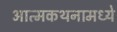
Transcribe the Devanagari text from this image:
आत्मकथनामध्ये